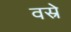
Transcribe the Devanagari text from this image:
वस्रे